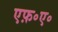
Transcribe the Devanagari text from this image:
एफ़॰ए॰